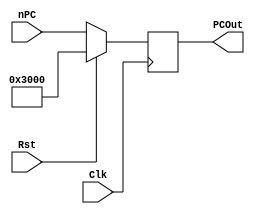
`timescale 1ns / 1ps
//////////////////////////////////////////////////////////////////////////////////
// Company: 
// Engineer: 
// 
// Design Name: 
// Module Name:    PC 
// Project Name: 
// Target Devices: 
// Tool versions: 
// Description: 
//
// Dependencies: 
//
// Revision: 
// Revision 0.01 - File Created
// Additional Comments: 
//
//////////////////////////////////////////////////////////////////////////////////
module PC(
    input Clk,
    input Rst,
    input [31:0] nPC,
    output [31:0] PCOut
    );
	 
	 	 
	 reg [31:0] PC = 32'h3000;
	 assign PCOut = PC;

	 
	 always @(posedge Clk) begin
        if (Rst == 1'b1) begin
		      PC <= 32'h3000;
		  end
		  else begin
		      PC <= nPC;
		  end
	 end
endmodule

module IM(
    input [11:2] PC,
	output [31:0] Instr
	 );
	 
	 reg [31:0] InstrMem[1023:0];
	 
	 assign Instr = InstrMem[PC[11:2]];
	 
	 initial begin
	     
		  $readmemh("mipstestloopjal_sim.dat", InstrMem);
		  $readmemh("excode.txt", InstrMem);
	 end
endmodule